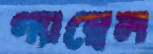
গ্যাম্বেল